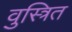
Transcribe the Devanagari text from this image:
वुस्त्रित